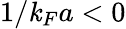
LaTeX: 1/\mathit{k}_{F}a<0